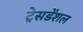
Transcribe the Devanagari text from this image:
ट्रेसडेंशल